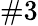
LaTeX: \# 3